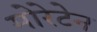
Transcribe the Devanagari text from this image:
मोरेटेन